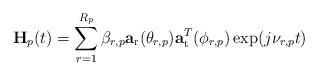
LaTeX: \begin{align*} \mathbf{H}_p(t)=\sum_{r=1}^{R_p}\beta_{r,p}\mathbf{a}_{\mathrm{r}}(\theta_{r,p})\mathbf{a}^T_{\mathrm{t}}(\phi_{r,p})\exp(j\nu_{r,p}t)\end{align*}